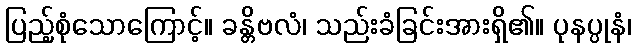
ပြည့်စုံသောကြောင့်။ ခန္တိဗလံ၊ သည်းခံခြင်းအားရှိ၏။ ပုနပ္ပုနံ၊